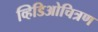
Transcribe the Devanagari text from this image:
व्हिडिओचित्रण